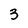
Character: 3